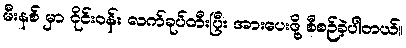
မီးနစ် မှာ ဝိုင်းဝန်း လက်ခုပ်တီးပြီး အားပေးဖို့ စီစဉ်ခဲ့ပါတယ်။